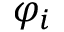
\varphi _ { i }